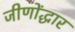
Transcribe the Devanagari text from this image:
जीणोंद्धार